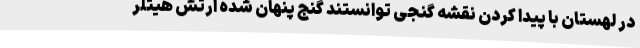
در لهستان با پیدا کردن نقشه گنجی توانستند گنج پنهان شده ارتش هیتلر